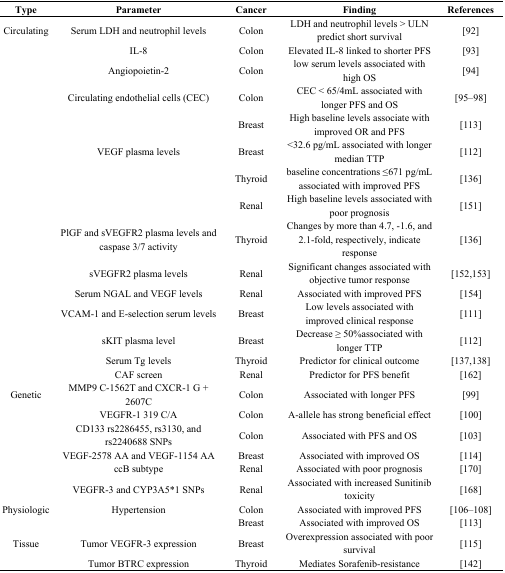
| Type | Parameter | Cancer | Finding | References |
 | --- | --- | --- | --- | --- |
 | Circulating | Serum LDH and neutrophil levels | Colon | LDH and neutrophil levels > ULN predict short survival | [92] |
 |  | IL-8 | Colon | Elevated IL-8 linked to shorter PFS | [93] |
 |  | Angiopoietin-2 | Colon | low serum levels associated with high OS | [94] |
 |  | Circulating endothelial cells (CEC) | Colon | CEC < 65/4mL associated with longer PFS and OS | [95–98] |
 |  |  | Breast | High baseline levels associate with improved OR and PFS | [113] |
 |  | VEGF plasma levels | Breast | <32.6 pg/mL associated with longer median TTP | [112] |
 |  |  | Thyroid | baseline concentrations ≤671 pg/mL associated with improved PFS | [136] |
 |  |  | Renal | High baseline levels associated with poor prognosis | [151] |
 |  | PlGF and sVEGFR2 plasma levels and caspase 3/7 activity | Thyroid | Changes by more than 4.7, −1.6, and 2.1-fold, respectively, indicate response | [136] |
 |  | sVEGFR2 plasma levels | Renal | Significant changes associated with objective tumor response | [152, 153] |
 |  | Serum NGAL and VEGF levels | Renal | Associated with improved PFS | [154] |
 |  | VCAM-1 and E-selection serum levels | Breast | Low levels associated with improved clinical response | [111] |
 |  | sKIT plasma level | Breast | Decrease ≥ 50%associated with longer TTP | [112] |
 |  | Serum Tg levels | Thyroid | Predictor for clinical outcome | [137, 138] |
 |  | CAF screen | Renal | Predictor for PFS benefit | [162] |
 | Genetic | MMP9 C-1562T and CXCR-1 G + 2607C | Colon | Associated with longer PFS | [99] |
 |  | VEGFR-1 319 C/A | Colon | A-allele has strong beneficial effect | [100] |
 |  | CD133 rs2286455, rs3130, and rs2240688 SNPs | Colon | Associated with PFS and OS | [103] |
 |  | VEGF-2578 AA and VEGF-1154 AA | Breast | Associated with improved OS | [114] |
 |  | ccB subtype | Renal | Associated with poor prognosis | [170] |
 |  | VEGFR-3 and CYP3A5*1 SNPs | Renal | Associated with increased Sunitinib toxicity | [168] |
 | Physiologic | Hypertension | Colon | Associated with improved PFS | [106–108] |
 |  |  | Breast | Associated with improved OS | [113] |
 | Tissue | Tumor VEGFR-3 expression | Breast | Overexpression associated with poor survival | [115] |
 |  | Tumor BTRC expression | Thyroid | Mediates Sorafenib-resistance | [142] |